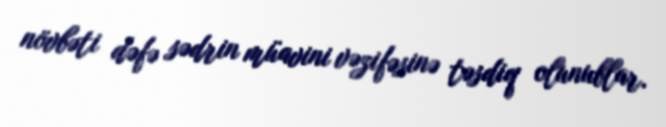
növbəti dəfə sədrin müavini vəzifəsinə təsdiq olunublar.